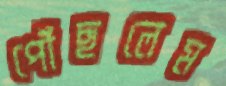
পৌঁছলেম